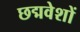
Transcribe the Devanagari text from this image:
छद्मवेशों